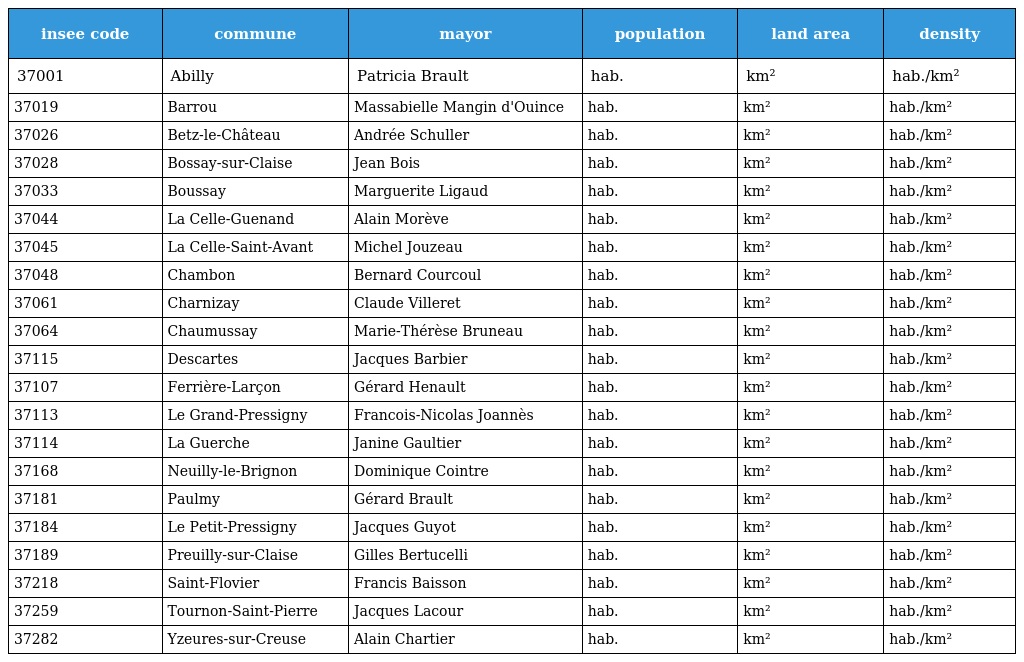
| insee code | commune | mayor | population | land area | density |
 | --- | --- | --- | --- | --- | --- |
 | 37001 | Abilly | Patricia Brault | hab. | km² | hab./km² |
 | 37019 | Barrou | Massabielle Mangin d'Ouince | hab. | km² | hab./km² |
 | 37026 | Betz-le-Château | Andrée Schuller | hab. | km² | hab./km² |
 | 37028 | Bossay-sur-Claise | Jean Bois | hab. | km² | hab./km² |
 | 37033 | Boussay | Marguerite Ligaud | hab. | km² | hab./km² |
 | 37044 | La Celle-Guenand | Alain Morève | hab. | km² | hab./km² |
 | 37045 | La Celle-Saint-Avant | Michel Jouzeau | hab. | km² | hab./km² |
 | 37048 | Chambon | Bernard Courcoul | hab. | km² | hab./km² |
 | 37061 | Charnizay | Claude Villeret | hab. | km² | hab./km² |
 | 37064 | Chaumussay | Marie-Thérèse Bruneau | hab. | km² | hab./km² |
 | 37115 | Descartes | Jacques Barbier | hab. | km² | hab./km² |
 | 37107 | Ferrière-Larçon | Gérard Henault | hab. | km² | hab./km² |
 | 37113 | Le Grand-Pressigny | Francois-Nicolas Joannès | hab. | km² | hab./km² |
 | 37114 | La Guerche | Janine Gaultier | hab. | km² | hab./km² |
 | 37168 | Neuilly-le-Brignon | Dominique Cointre | hab. | km² | hab./km² |
 | 37181 | Paulmy | Gérard Brault | hab. | km² | hab./km² |
 | 37184 | Le Petit-Pressigny | Jacques Guyot | hab. | km² | hab./km² |
 | 37189 | Preuilly-sur-Claise | Gilles Bertucelli | hab. | km² | hab./km² |
 | 37218 | Saint-Flovier | Francis Baisson | hab. | km² | hab./km² |
 | 37259 | Tournon-Saint-Pierre | Jacques Lacour | hab. | km² | hab./km² |
 | 37282 | Yzeures-sur-Creuse | Alain Chartier | hab. | km² | hab./km² |